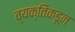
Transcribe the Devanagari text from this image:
व्यक्तिंकडून